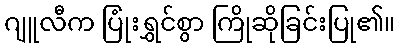
ဂျူလီက ပြုံးရွှင်စွာ ကြိုဆိုခြင်းပြု၏။